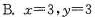
B. $$x = 3$$ ,$$y = 3$$